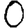
Digit: 0